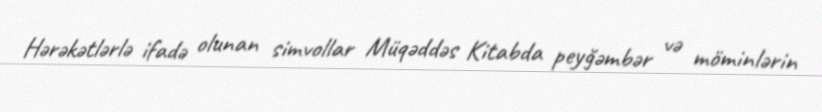
Hərəkətlərlə ifadə olunan simvollar Müqəddəs Kitabda peyğəmbər və möminlərin